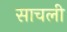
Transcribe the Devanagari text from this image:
साचली